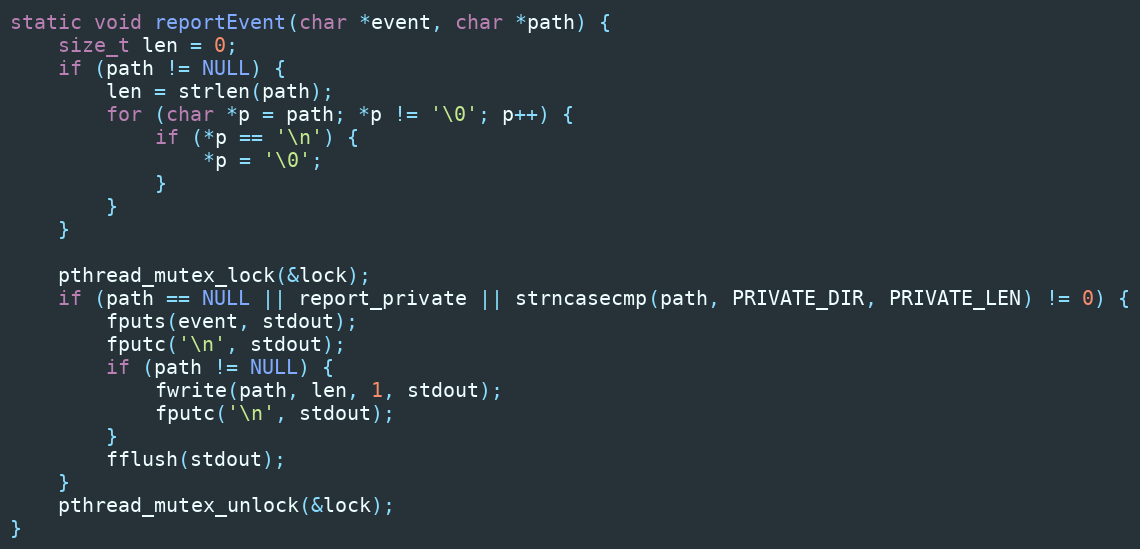
Language: C
static void reportEvent(char *event, char *path) {
    size_t len = 0;
    if (path != NULL) {
        len = strlen(path);
        for (char *p = path; *p != '\0'; p++) {
            if (*p == '\n') {
                *p = '\0';
            }
        }
    }

    pthread_mutex_lock(&lock);
    if (path == NULL || report_private || strncasecmp(path, PRIVATE_DIR, PRIVATE_LEN) != 0) {
        fputs(event, stdout);
        fputc('\n', stdout);
        if (path != NULL) {
            fwrite(path, len, 1, stdout);
            fputc('\n', stdout);
        }
        fflush(stdout);
    }
    pthread_mutex_unlock(&lock);
}